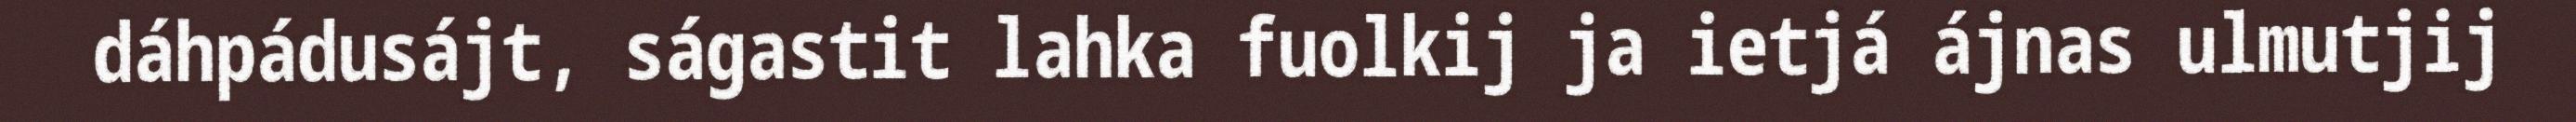
dáhpádusájt, ságastit lahka fuolkij ja ietjá ájnas ulmutjij